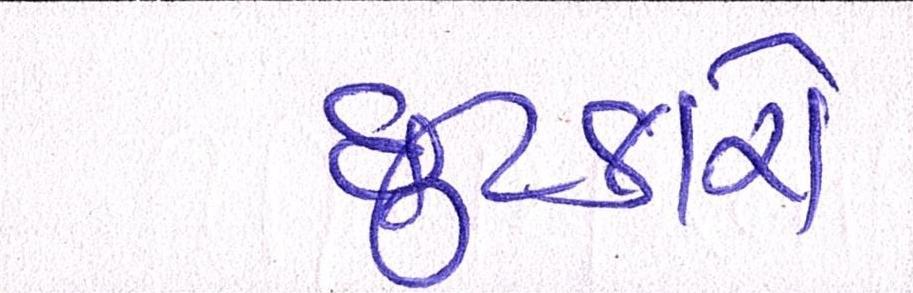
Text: છુટકારો